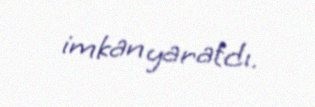
imkan yaratdı.